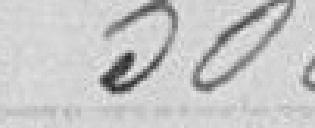
500